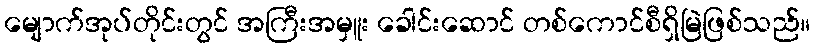
မျောက်အုပ်တိုင်းတွင် အကြီးအမှူး ခေါင်းဆောင် တစ်ကောင်စီရှိမြဲဖြစ်သည်။